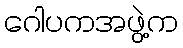
ဂေါပကအဖွဲ့က